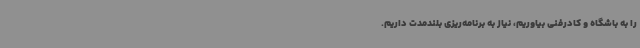
را به باشگاه و کادرفنی بیاوریم، نیاز به برنامه‌ریزی بلندمدت داریم.